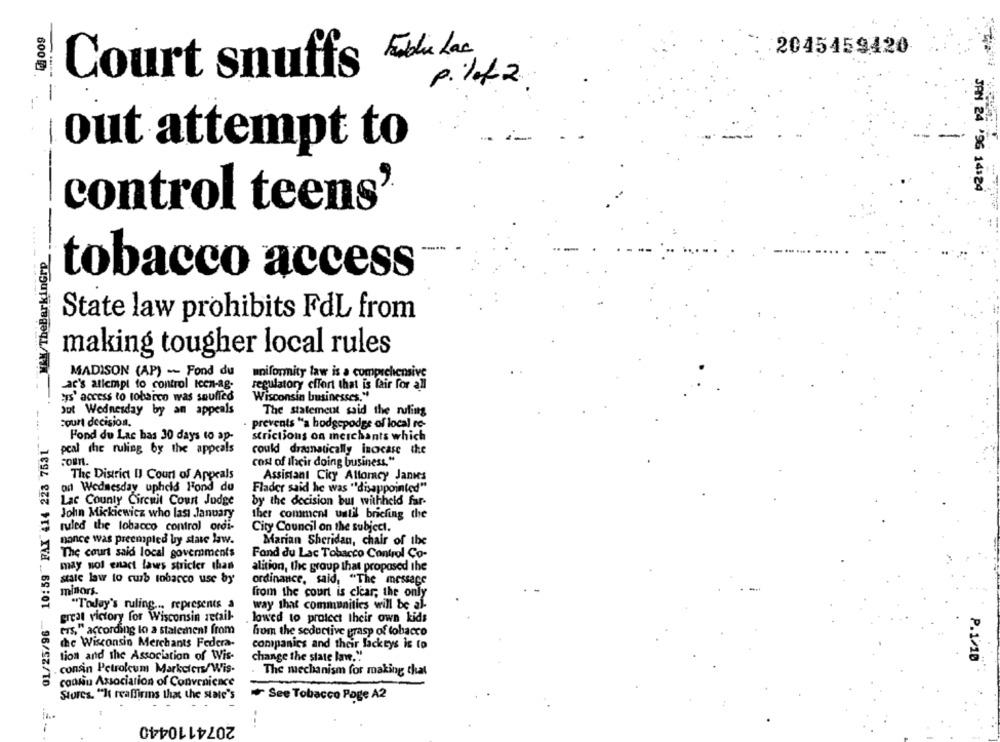
Freddie Lac.
2045459420
6000
Court snuffs
pill2
-----
-
out attempt to
--
JAN 24 '96 14:24
control teens'
MAX/TheBarkinGre ___
-
tobacco access
State law prohibits FdL from
making tougher local rules
MADISON (AP) -- Fond du
uniformity taw is a comprehensive
ac's attempt to control icen-ag-
regulatory effort that is fair for all
s' access to tobacco was souffed
Wisconsin businesses."
Jut Wednesday by an appeals
The statement said the ruling
court decision.
prevents "a hodgepodge of local re-
01/25/96 10:59 FAX 414 228 7531
Fond du Lac bas 30 days to ap-
strictions on merchants which
pcal the ruling by the appeals
could dramatically increase the
cost of Ilcir doing business."
The District Il Court of Appeals
Assistant Cicy Attorney Jantes
on Wednesday upheld Fond du
Flader said he was "disappointed"
Lac County Circuit Court Judge
by the decision bus withheld far-
John Mickiewicz who lasi January
ther comment until briefing the
ruled the tobacco control ordi-
City Council on the subject.
nonce was preempled by state law.
Marian Sheridan, chair of the
The court said local governments
Fond du Lac Tobacco Control Co-
may not enact laws stricter than
alition, the group that proposed the
state law to curb tobacco use by
ordinance, said, "The message
minors.
from the court is clear, the only
"Today's ruling ... represents a
way that communities will be al-
great victory for Wisconsin retail-
lowed to protect their own kids
ers," according to a statement from
hom the seductive grasp of tobacco
the Wisconsin Merchants Federa-
companies and their lackeys is to
tion and the Association of Wis-
change the state law."
P.1/10
consin Petroleum Markcicus/Wis-
The mechanism for making that
consu Association of Convenience
Stores. "It reaffirins that the state's
See Tobacco Page A2
2074110440
--.